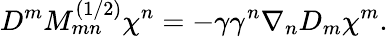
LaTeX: D^{m}M_{mn}^{(1/2)}\chi^{n}=-\gamma\gamma^{n}\nabla_{n}D_{m}\chi^{m}.